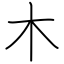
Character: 木